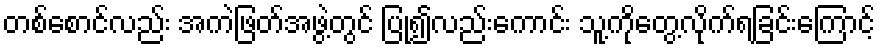
တစ်စောင်လည်း အကဲဖြတ်အဖွဲ့တွင် ပြု၍လည်းကောင်း သူ့ကိုတွေ့လိုက်ရခြင်းကြောင့်